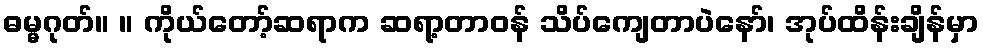
ဓမ္မဂုတ်။ ။ ကိုယ်တော့်ဆရာက ဆရာ့တာဝန် သိပ်ကျေတာပဲနော်၊ အုပ်ထိန်းချိန်မှာ